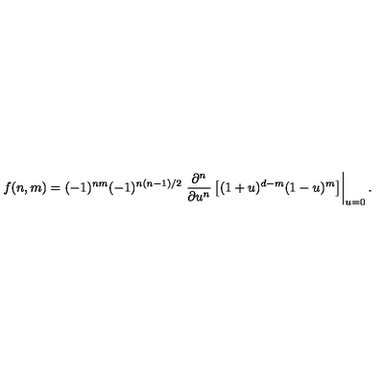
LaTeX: f ( n , m ) = ( - 1 ) ^ { n m } ( - 1 ) ^ { n ( n - 1 ) / 2 } \left. \frac { \partial ^ { n } } { \partial u ^ { n } } \left[ ( 1 + u ) ^ { d - m } ( 1 - u ) ^ { m } \right] \right| _ { u = 0 } .